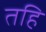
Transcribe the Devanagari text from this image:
तहि